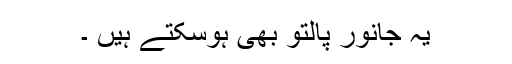
یہ جانور پالتو بھی ہوسکتے ہیں ۔